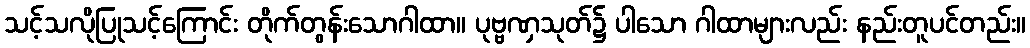
သင့်သလိုပြုသင့်ကြောင်း တိုက်တွန်းသောဂါထာ။ ပုဗ္ဗဏှသုတ်၌ ပါသော ဂါထာများလည်း နည်းတူပင်တည်း။